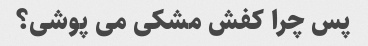
پس چرا کفش مشکی می پوشی؟